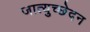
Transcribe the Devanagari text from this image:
जात्युच्छेदन